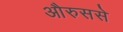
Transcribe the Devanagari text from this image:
औरुससे